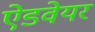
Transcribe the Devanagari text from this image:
ऐडवेयर